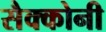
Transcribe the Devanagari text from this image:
सैक्कोनी